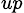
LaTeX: _{up}